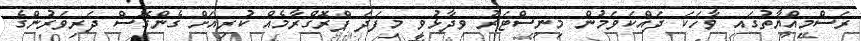
ރަސްމިއްޔާތުގައި ވާހަކަ ދައްކަވަމުން މިނިސްޓަރު ވިދާޅުވީ މިފަދަ ޕްރޮގްރާމެއް ކުރިއަށް ގެންގޮސް ދަރިވަރުންގެ